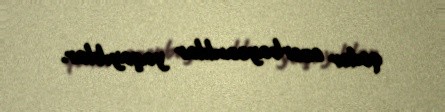
qədər azərbaycanlılar yaşayıblar.